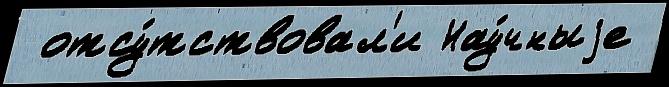
 отсу́тствовал'и Нау́чныjе